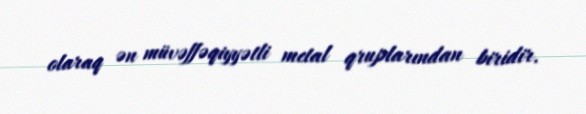
olaraq ən müvəffəqiyyətli metal qruplarından biridir.